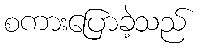
စကားပြောခဲ့သည်